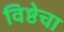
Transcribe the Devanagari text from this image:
विष्ठेचा